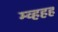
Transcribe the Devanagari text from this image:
म्व्हहह